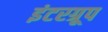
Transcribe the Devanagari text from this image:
इंटरग्रूप